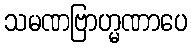
သမဏဗြာဟ္မဏာပေ